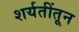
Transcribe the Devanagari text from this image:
शर्यतींतून